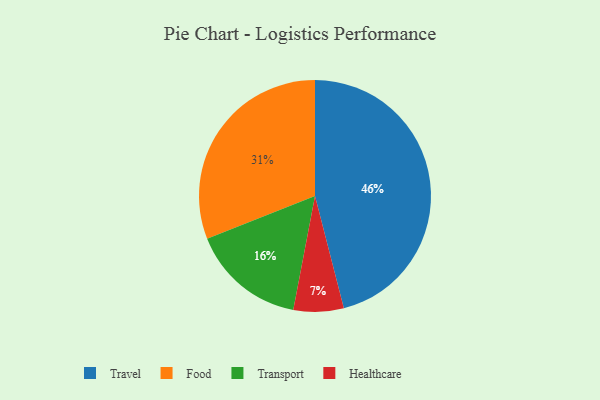
{"axis": {"x": "Category", "y": "Percentage"}, "legend": ["Food", "Healthcare", "Transport", "Travel"], "data": [{"x": "Transport", "y": 16, "type": "Transport"}, {"x": "Travel", "y": 46, "type": "Travel"}, {"x": "Healthcare", "y": 7, "type": "Healthcare"}, {"x": "Food", "y": 31, "type": "Food"}]}